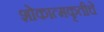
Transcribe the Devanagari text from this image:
शोकात्मकृतीचे